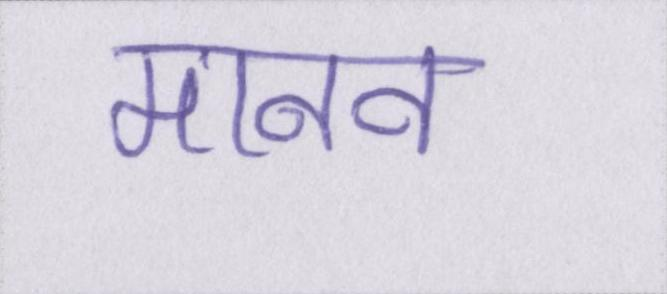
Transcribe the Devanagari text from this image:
मानव